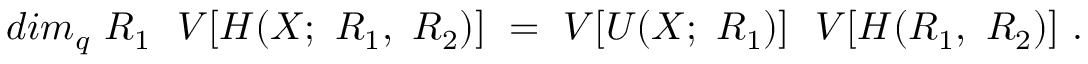
d i m _ { q } ~ R _ { 1 } ~ ~ V [ H ( X ; ~ R _ { 1 } , ~ R _ { 2 } ) ] ~ = ~ V [ U ( X ; ~ R _ { 1 } ) ] ~ ~ V [ H ( R _ { 1 } , ~ R _ { 2 } ) ] ~ .